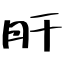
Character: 肝